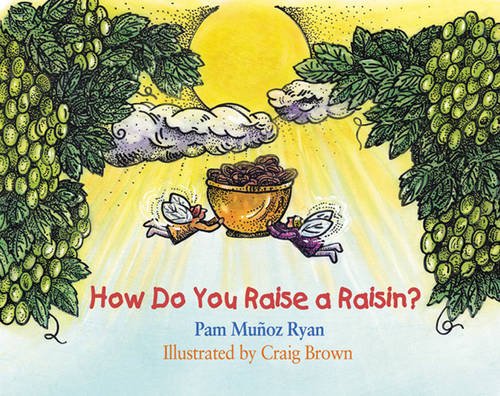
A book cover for How Do You Raise a Raisin?; Pam Munoz Ryan; Children's Books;